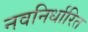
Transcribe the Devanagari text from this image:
नवनिर्धारित